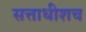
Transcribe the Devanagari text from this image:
सत्ताधीशच